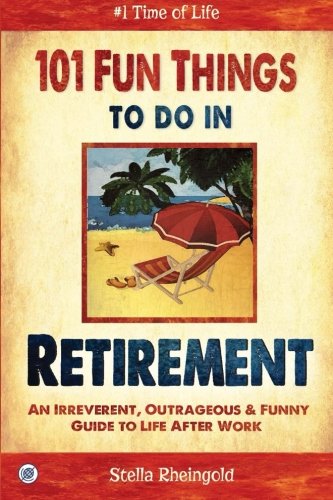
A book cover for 101 Fun Things to do in Retirement: An Irreverent, Outrageous & Funny Guide to Life After Work; Stella Reingold; Humor & Entertainment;